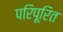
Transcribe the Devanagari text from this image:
परिपूरित